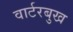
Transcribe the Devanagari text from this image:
वार्टरबुख